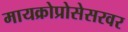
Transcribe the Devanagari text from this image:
मायक्रोप्रोसेसरवर